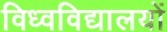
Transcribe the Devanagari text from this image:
विध्वविद्यालयों